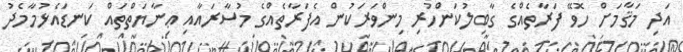
އަދި މަޤާމަށް ހޮވޭ ފަރާތެއްގެ ގާބިލުކަންހުރި މިންވަރަކުން އެފަރާތެއްގެ މުސާރައާއި ޢިނާޔަތްތައް ކަނޑައެޅުމާމެދު